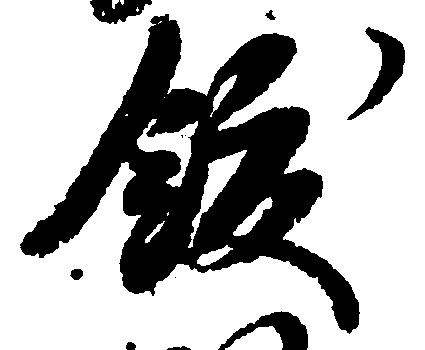
飫